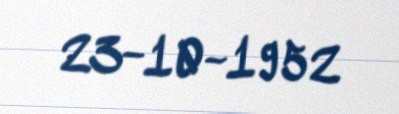
23-10-1952